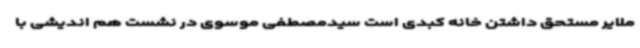
ملایر مستحق داشتن خانه کبدی است سیدمصطفی موسوی در نشست هم اندیشی با